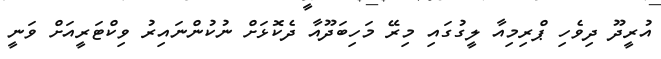
އުރީދޫ ދިވެހި ޕްރިމިއާ ލީގުގައި މިރޭ މަހިބަދޫއާ ދެކޮޅަށް ނުކުންނައިރު ވިކްޓަރީއަށް ވަނީ